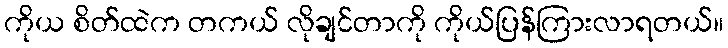
ကိုယ စိတ်ထဲက တကယ် လိုချင်တာကို ကိုယ်ပြန်ကြားလာရတယ်။